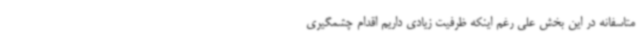
متاسفانه در این بخش علی رغم اینکه ظرفیت زیادی داریم اقدام چشمگیری